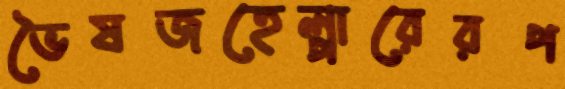
ভৈষজহেল্পারেরপ